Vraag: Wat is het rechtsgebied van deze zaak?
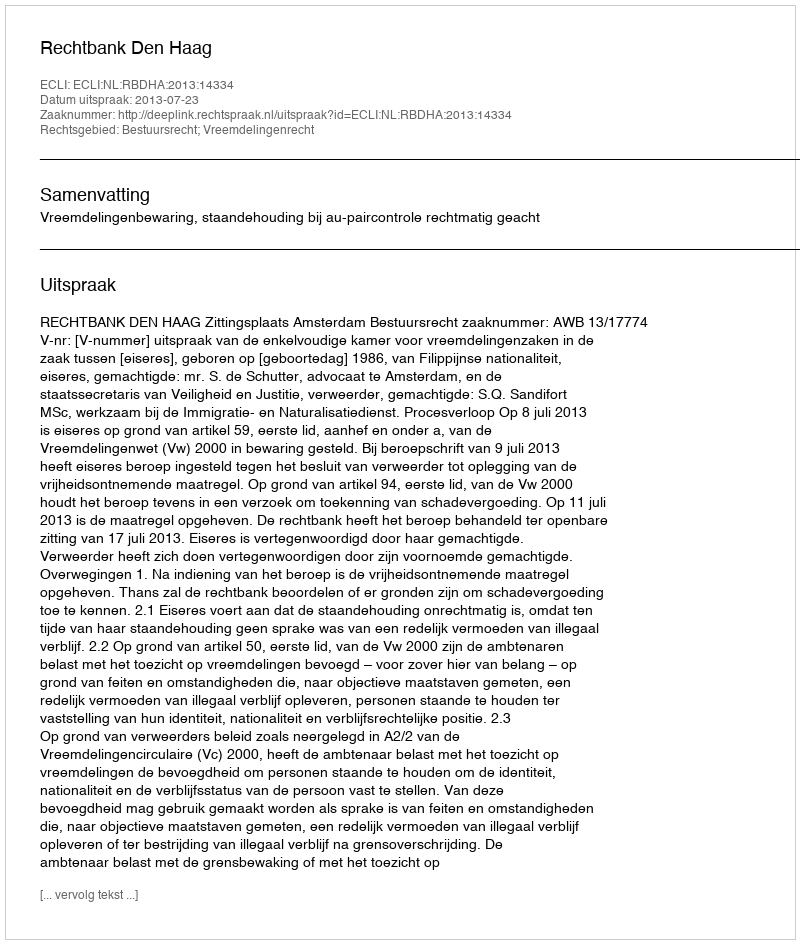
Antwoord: Bestuursrecht; Vreemdelingenrecht